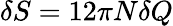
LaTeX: \delta S=12\pi N\delta Q